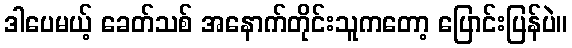
ဒါပေမယ့် ခေတ်သစ် အနောက်တိုင်းသူကတော့ ပြောင်းပြန်ပဲ။